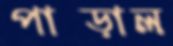
পাছ্‌ড়াল